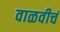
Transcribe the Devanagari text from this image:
वाळवीचं